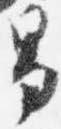
男